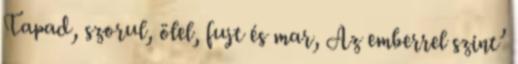
Tapad, szorul, ölel, fujt és mar, Az emberrel szint’